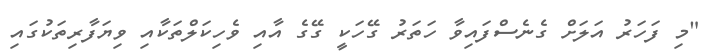
"މި ފަހަރު އަލަށް ގެނެސްފައިވާ ހަތަރު ގޭހަކީ ގޭގެ އާއި ވެހިކަލްތަކާއި ވިޔަފާރިތަކުގައި